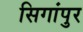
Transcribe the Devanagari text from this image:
सिगांपुर